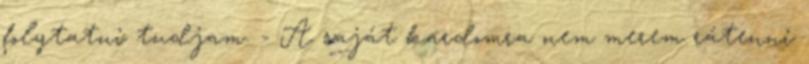
folytatni tudjam. - A saját kardomra nem merem rátenni